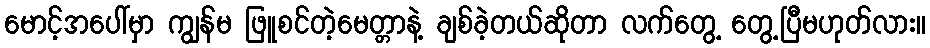
မောင့်အပေါ်မှာ ကျွန်မ ဖြူစင်တဲ့မေတ္တာနဲ့ ချစ်ခဲ့တယ်ဆိုတာ လက်တွေ့ တွေ့ပြီမဟုတ်လား။